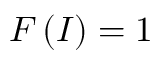
F \left( I \right) = 1